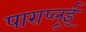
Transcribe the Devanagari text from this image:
पाराप्लूई